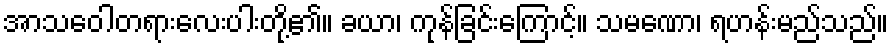
အာသဝေါတရားလေးပါးတို့၏။ ခယာ၊ ကုန်ခြင်းကြောင့်။ သမဏော၊ ရဟန်းမည်သည်။